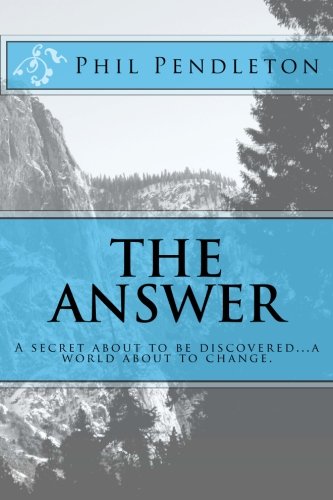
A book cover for The Answer: A secret about to be discovered...a world about to change.; Phil Pendleton; Christian Books & Bibles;